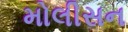
મોલીસન